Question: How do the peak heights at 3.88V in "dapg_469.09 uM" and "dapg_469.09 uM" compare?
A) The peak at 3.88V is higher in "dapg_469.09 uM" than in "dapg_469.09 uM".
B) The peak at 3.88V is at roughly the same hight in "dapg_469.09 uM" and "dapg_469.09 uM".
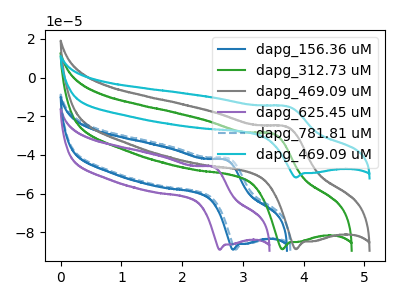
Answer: <think>The blue curve "dapg_156.36 uM" has an anodic peak at (2.70V, -42.60uA) and a cathodic peak at (2.85V, -89.00uA). The green curve "dapg_312.73 uM" has an anodic peak at (3.50V, -29.15uA) and a cathodic peak at (3.65V, -88.85uA). The gray curve "dapg_469.09 uM" has an anodic peak at (3.70V, -25.45uA) and a cathodic peak at (3.90V, -88.80uA). The purple curve "dapg_625.45 uM" has an anodic peak at (2.50V, -46.25uA) and a cathodic peak at (2.60V, -89.05uA). The blue dashed curve "dapg_781.81 uM" has an anodic peak at (2.75V, -41.90uA) and a cathodic peak at (2.90V, -89.00uA). The cyan curve "dapg_469.09 uM" has an anodic peak at (3.70V, -14.85uA) and a cathodic peak at (3.90V, -51.70uA).</think>
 <answer>A) The peak at 3.88V is higher in "dapg_469.09 uM" than in "dapg_469.09 uM".</answer>
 <eval>A</eval>